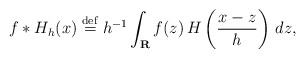
\begin{align*}f*H_{h}(x)\stackrel{\rm def}{=}h^{-1}\int_{{\bf R}}f(z)\,H\left( \frac{x-z}{h}\right) \,dz, \end{align*}